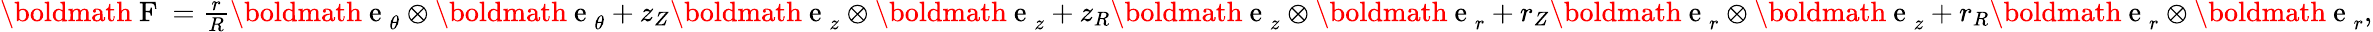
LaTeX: \begin{array}{r}{\mathrm{\boldmath{~F~}}=\frac{r}{R}\mathrm{\boldmath{~e~}}_{\theta}\otimes\mathrm{\boldmath{~e~}}_{\theta}+z_{Z}\mathrm{\boldmath{~e~}}_{z}\otimes\mathrm{\boldmath{~e~}}_{z}+z_{R}\mathrm{\boldmath{~e~}}_{z}\otimes\mathrm{\boldmath{~e~}}_{r}+r_{Z}\mathrm{\boldmath{~e~}}_{r}\otimes\mathrm{\boldmath{~e~}}_{z}+r_{R}\mathrm{\boldmath{~e~}}_{r}\otimes\mathrm{\boldmath{~e~}}_{r},}\end{array}